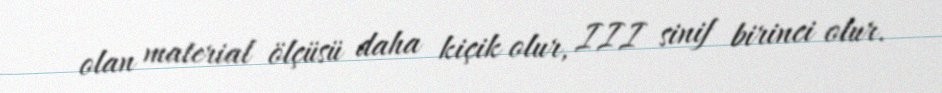
olan material ölçüsü daha kiçik olur, III sinif birinci olur.